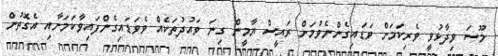
މޫސަ ވިދާޅުވީ ވެރިކަމަށް ވަޑައިގެންނެވުމަށް ރައީސް ޔާމީން ގިނަ ވައުދުތަކެއް ވެވަޑައިގެންފައިވާކަމަށާއި އެގޮތުން